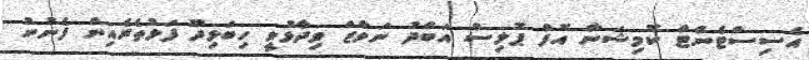
އެސިސްޓެންޓް ކޮމިޝަނާ އޮފް ޕޮލިސް އަބްދު ނަވާޒް ވިދާޅުވީ ހިބަޅިދޫ ފަޅުތެރެއިން ފެނުނު